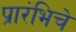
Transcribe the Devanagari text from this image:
प्रारंभिचे